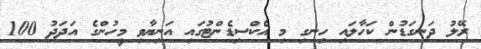
ރޭލު ދަނގަޑުން ކަހާލައި ހިނގި މި އެކްސިޑެންޓުގައި އަނިޔާވި މީހުންގެ އަދަދު 100